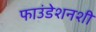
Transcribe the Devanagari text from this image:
फाउंडेशनशी